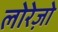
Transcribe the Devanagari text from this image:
लोरेज़ो